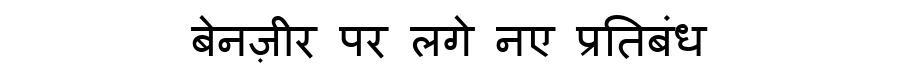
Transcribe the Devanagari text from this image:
बेनज़ीर पर लगे नए प्रतिबंध